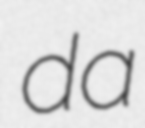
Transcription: da